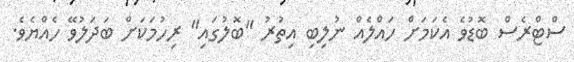
ސްޓްރެސް ބޮޑުވެ އެކަމަށް ހައްލެއް ނުލިބި އިތުރު "ބޮލުގައި" ރިހުމަކަށް ބަދަލުވޭ ހެއްޔެެވެ.